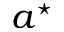
a ^ { \star }